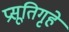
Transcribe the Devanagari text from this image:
प्रसूतिगृहे